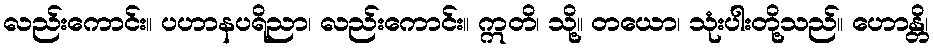
လည်းကောင်း။ ပဟာနပရိညာ၊ လည်းကောင်း။ ဣတိ၊ သို့။ တယော၊ သုံးပါးတို့သည်။ ဟောန္တိ၊